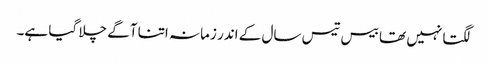
لگتا نہیں تھا بیس تیس سال کے اندر زمانہ اتنا آگے چلا گیا ہے۔